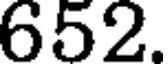
652.